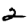
Digit: 2